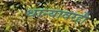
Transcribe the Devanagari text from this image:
धान्यावरही